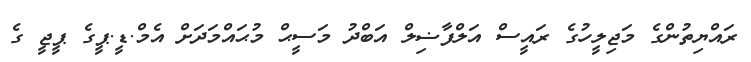
ރައްޔިތުންގެ މަޖިލީހުގެ ރައީސް އަލްފާޟިލް އަބްދު މަސީޙް މުޙައްމަދަށް އެމް.ޑީ.ޕީގެ ޕީޖީ ގެ